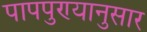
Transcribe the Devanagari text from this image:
पापपुण्यानुसार